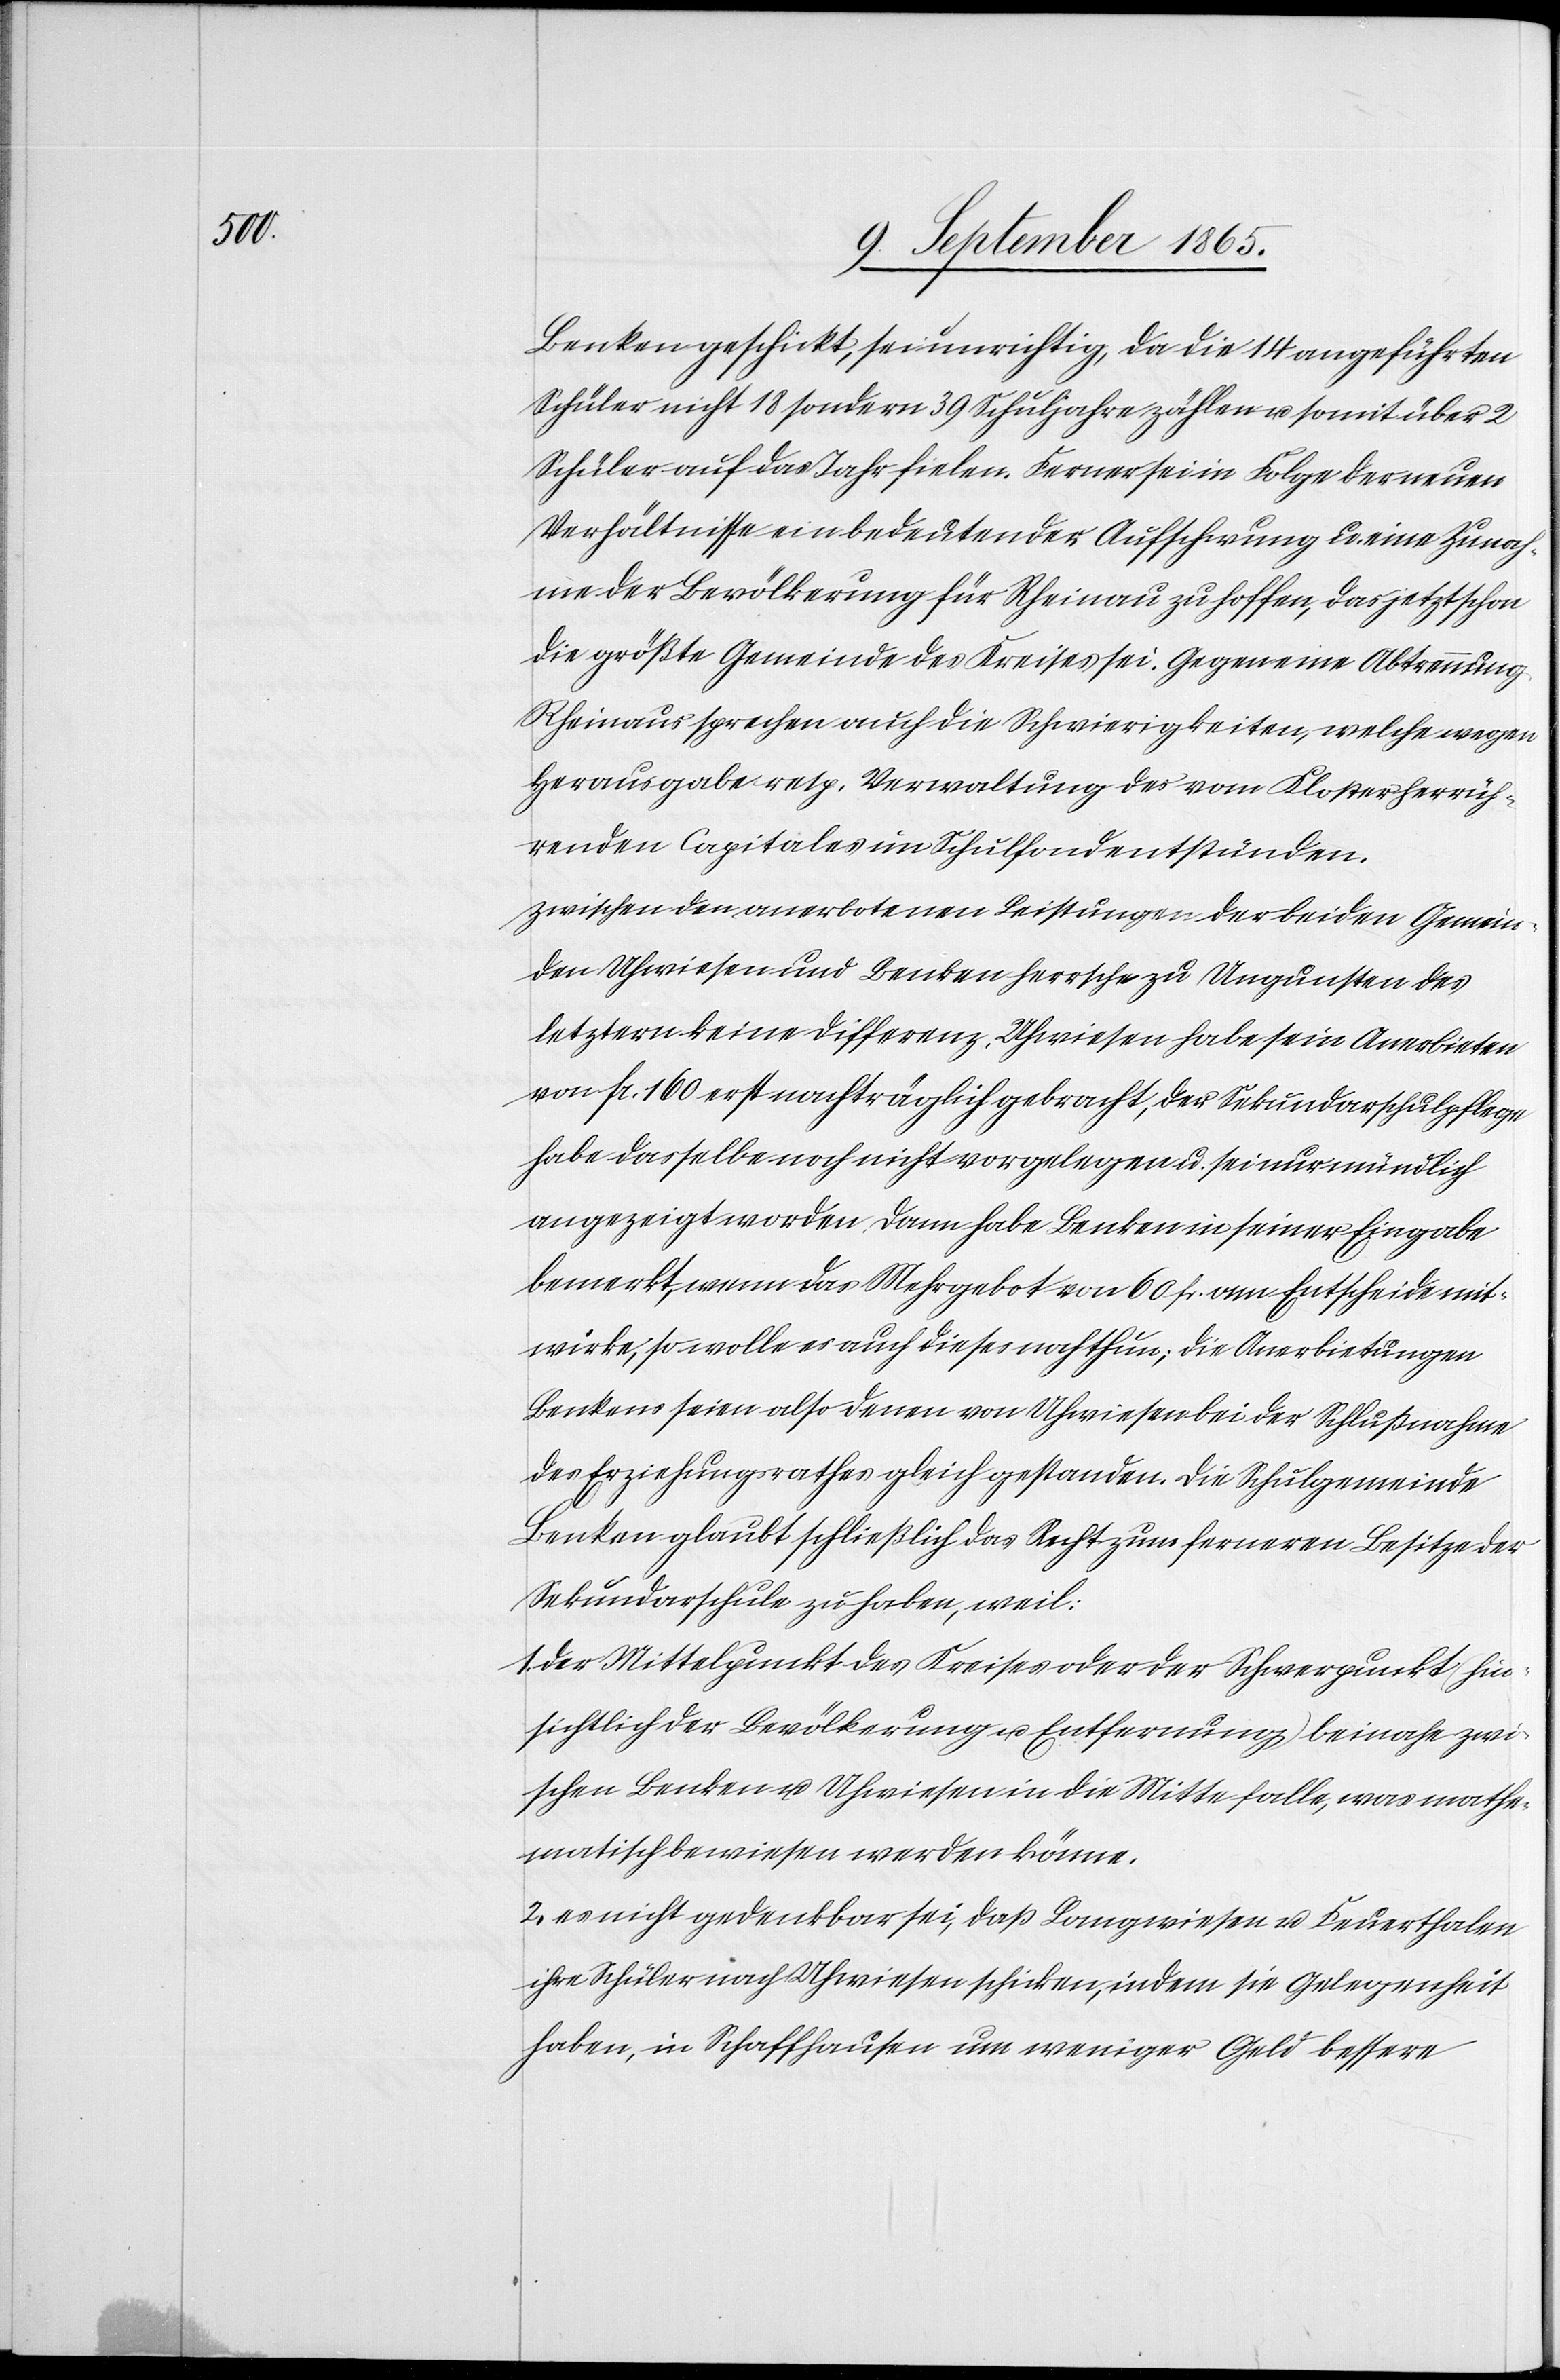
Benken geschickt, sei unrichtig, da die 14 angeführten
Schüler nicht 18 sondern 29 Schuljahre zählen u. somit über 2
Schüler auf das Jahr fielen. Ferner sei in Folge der neuen
Verhältnisse ein bedeutender Aufschwung u. eine Zunah¬
me der Bevölkerung für Rheinau zu hoffen, das jetzt schon
die größte Gemeinde des Kreises sei. Gegen eine Abtrennung
Rheinaus sprechen auch die Schwierigkeiten, welche wegen
Herausgabe resp. Verwaltung des vom Kloster herrüh¬
renden Capitales im Schulfond entstünden.
Zwischen den anerbotenen Leistungen der beiden Gemein¬
den Uhwiesen und Benken herrsche zu Ungunsten des
letztern keine Differenz. Uhwiesen habe sein Anerbieten
von fr. 160 erst nachträglich gebracht, der Sekundarschulpflege
habe dasselbe noch nicht vorgelegen u. sei nur mündlich
angezeigt worden. Dann habe Benken in seiner Eingabe
bemerkt, wenn das Mehrgebot von 60 fr. am Entscheide mit¬
wirke, so wolle es auch dieses noch thun; die Anerbietungen
Benkens seien also denen von Uhwiesen bei der Schlußnahme
des Erziehungsrathes gleich gestanden. Die Schulgemeinde
Benken glaubt schließlich das Recht zum ferneren Besitze der
Sekundarschule zu haben, weil:
Der Mittelpunkt des Kreises oder der Schwerpunkt (hin¬
sichtlich der Bevölkerung u. Entfernung) beinahe zwi¬
schen Benken u. Uhwiesen in die Mitte falle, was mathe¬
matisch bewiesen werden könne.
2. es nicht gedenkbar sei, daß Langwiesen u. Feuerthalen
ihre Schüler nach Uhwiesen schicken, indem sie Gelegenheit
haben, in Schaffhausen um weniger Geld bessere